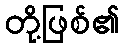
တို့ဖြစ်၏